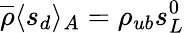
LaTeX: \overline{{\rho}}\langle s_{d}\rangle_{A}=\rho_{ub}s_{L}^{0}